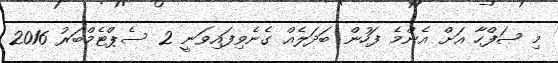
މި ޞަފްހާ އަށް އެންމެ ފަހުން ބަދަލެއް ގެނެވިފައިވަނީ 2 ސެޕްޓެމްބަރު 2016